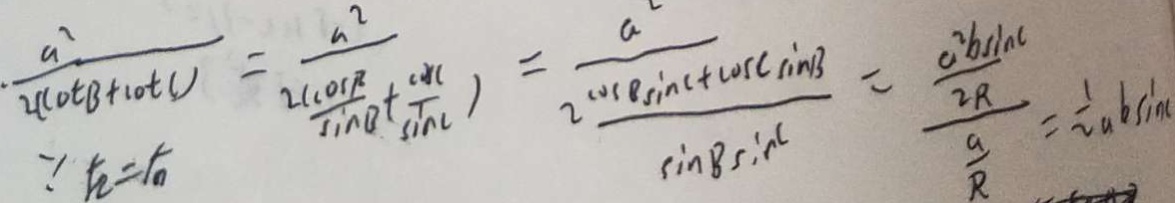
\frac { a ^ { 2 } } { 2 ( \cot B + \cot C ) } = \frac { a ^ { 2 } } { 2 ( \frac { \cos B } { \sin B } + \frac { \cos C } { \sin C } ) } = \frac { a ^ { 2 } } { \frac { 2 \cos B \sin C + \cos C \sin B } { \sin B \sin C } } = \frac { \frac { a ^ { 2 } b \sin C } { 2 R } } { \frac { a } { R } } = \frac { 1 } { 2 } a b \sin